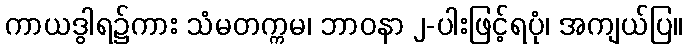
ကာယဒွါရ၌ကား သံမတက္ကမ၊ ဘာဝနာ ၂-ပါးဖြင့်ရပုံ၊ အကျယ်ပြ။